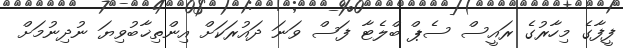
ފީފާގެ މިހާރުގެ ރައީސް ސެޕް ބްލެޓާ ފަސް ވަނަ ދައުރަކަށް އިންތިޚާބުވިޔަ ނުދިނުމަށް